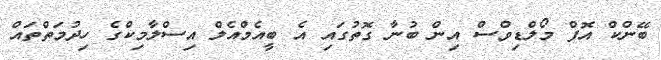
ބޭންކް އޮފް މޯލްޑިވްސް އިން ބުނާ ގޮތުގައި އެ ބީއެމްއެލް އިސްލާމިކްގެ ހިދުމަތްތައް